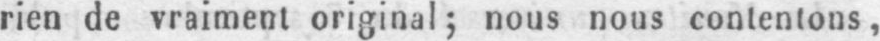
rien de vraiment original; nous nous contenions,